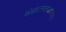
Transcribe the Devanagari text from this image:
संचालनालयाअंतर्गत